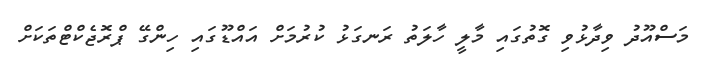
މަސްއޫދު ވިދާޅުވި ގޮތުގައި މާލީ ހާލަތު ރަނގަޅު ކުރުމަށް އައްޑޫގައި ހިންގޭ ޕްރޮޖެކްޓްތަކަށް